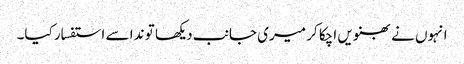
انہوں نے بھنویں اچکا کر میری جانب دیکھا تو ندا سے استفسار کیا۔